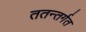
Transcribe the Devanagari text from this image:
ततन्तर्गत